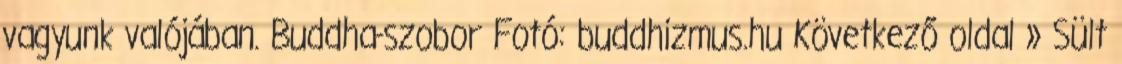
vagyunk valójában. Buddha-szobor Fotó: buddhizmus.hu Következő oldal » Sült